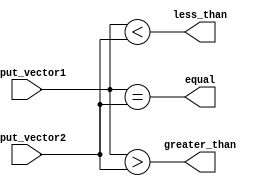
module four_bit_comparator(
    input [3:0] input_vector1,
    input [3:0] input_vector2,
    output equal,
    output greater_than,
    output less_than
);

assign equal = (input_vector1 == input_vector2);
assign greater_than = (input_vector1 > input_vector2);
assign less_than = (input_vector1 < input_vector2);

endmodule